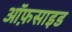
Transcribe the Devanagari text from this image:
ऑफ़साइड